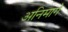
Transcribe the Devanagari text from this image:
अनिमागे